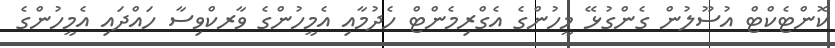
ކޮންޓެކްޓް އުސޫލުން ގެންގުޅޭ މީހުންގެ އެގްރިމެންޓް ހެދުމާއި އެމީހުންގެ ވާރކްވިސާ ހައްދައި އެމީހުންގެ